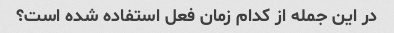
در این جمله از کدام زمان فعل استفاده شده است؟